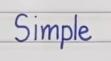
Simple